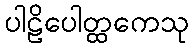
ပါဠိပေါတ္ထကေသု